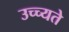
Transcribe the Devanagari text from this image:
उच्च्यते